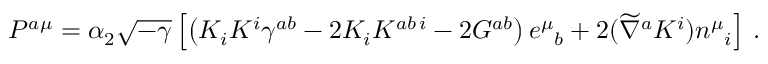
{ \cal P } ^ { a \mu } = \alpha _ { 2 } \sqrt { - \gamma } \left[ \left( K _ { i } K ^ { i } \gamma ^ { a b } - 2 K _ { i } K ^ { a b \, i } - 2 { \cal G } ^ { a b } \right) e ^ { \mu } { } _ { b } + 2 ( \widetilde \nabla ^ { a } K ^ { i } ) n ^ { \mu } { } _ { i } \right] \, .